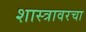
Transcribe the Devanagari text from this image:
शास्त्रावरचा